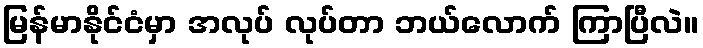
မြန်မာနိုင်ငံမှာ အလုပ် လုပ်တာ ဘယ်လောက် ကြာပြီလဲ။